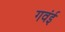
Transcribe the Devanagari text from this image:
गवंई